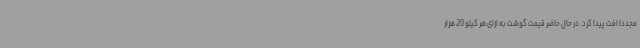
مجددا افت پیدا کرد. در حال حاضر قیمت گوشت به ازای هر کیلو 20 هزار